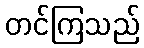
တင်ကြသည်